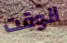
الوقت